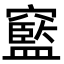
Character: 䆾